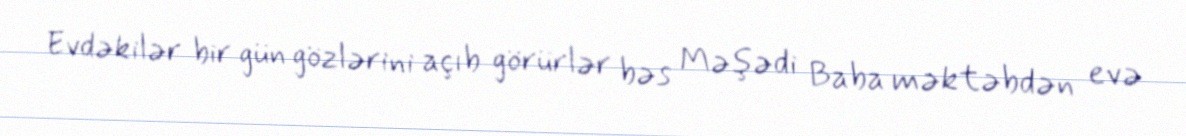
Evdəkilər bir gün gözlərini açıb görürlər bəs Məşədi Baba məktəbdən evə